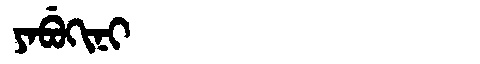
Manchu: ᠶᠠᠪᡠᡴᡳᠨᡳ
Romanization: YABUKINI